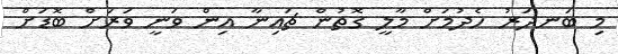
މި ބަނދަރު ހެދުމަށް މާލީ ގޮތުން ޗައިނާ އިން ވަނީ ވަރަށް ބޮޑަށް